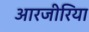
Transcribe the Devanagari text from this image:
आरजीरिया